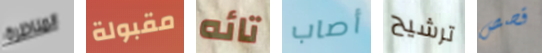
المناظرة مقبولة تائه أصاب ترشيح قصص